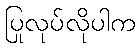
ပြုလုပ်လိုပါက